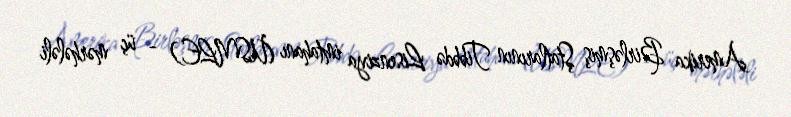
Amerika Birləşmiş Ştatlarının Tibbdə Lisenziya imtahanı (USMLE) - üç mərhələli